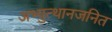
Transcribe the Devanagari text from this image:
अभ्युत्थानजनित